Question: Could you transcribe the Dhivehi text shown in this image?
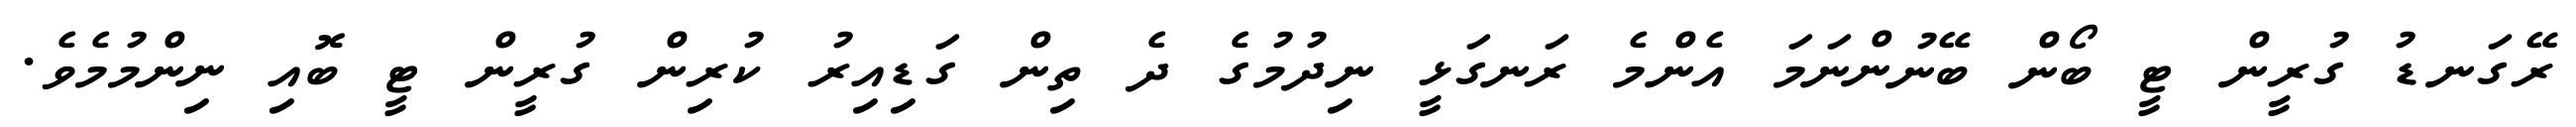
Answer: ރޭގަނޑު ގުރީން ޓީ ބޯން ބޭނުންނަމަ އެންމެ ރަނގަޅީ ނިދުމުގެ ދެ ތިން ގަޑިއިރު ކުރިން ގުރީން ޓީ ބޮއި ނިންމުމެވެ.